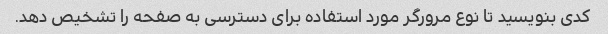
کدی بنویسید تا نوع مرورگر مورد استفاده برای دسترسی به صفحه را تشخیص دهد.